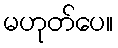
မဟုတ်ပေ။